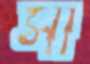
সা